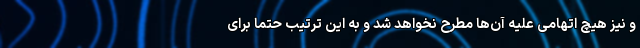
و نیز هیچ اتهامی علیه آن‌ها مطرح نخواهد شد و به این ترتیب حتما برای